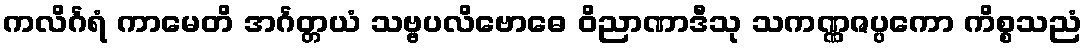
ကလိင်္ဂရံ ကာမေတိ အင်္ဂတ္တယံ သဗ္ဗပလိဗောဓေ ဝိညာဏာဒီသု သကဏ္ဏဇပ္ပကော ကိစ္စသညံ